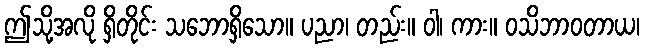
ဤသို့အလို ရှိတိုင်း သဘောရှိသော။ ပညာ၊ တည်း။ ဝါ၊ ကား။ ဝသိဘာဝတာယ၊